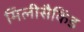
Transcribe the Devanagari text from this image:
मिलीसैकिंड